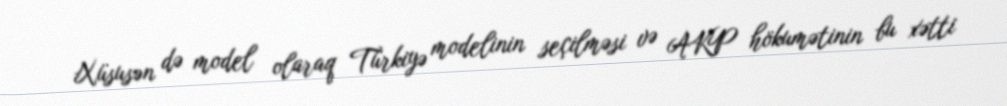
Xüsusən də model olaraq Türkiyə modelinin seçilməsi və AKP hökumətinin bu xətti